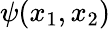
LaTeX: \psi(x_{1},x_{2})